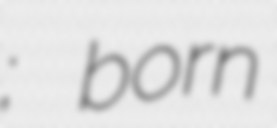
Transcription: Γαντζούδης; born